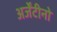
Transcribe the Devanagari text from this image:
अर्जेंटीनो